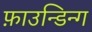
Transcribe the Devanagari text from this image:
फ़ाउन्डिन्ग